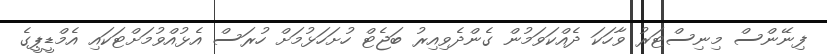
ފިނޭންސް މިނިސްޓަރު ވާހަކަ ދެއްކަވަމުން ގެންދެވިއިރު ބަޖެޓް ހުށަހަޅުމަށް ހުރަސް އެޅުއްވުމަށްޓަކައި އެމްޑީޕީގެ